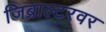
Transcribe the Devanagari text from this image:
जिब्राल्टरवर